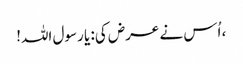
، اُس نے عرض کی: یا رسول اللہ!